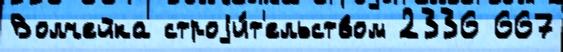
Волчейка строjи́т'ельством 2336 667